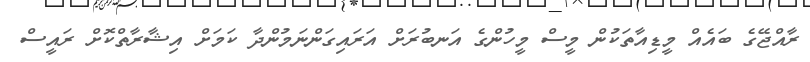
ރާއްޖޭގެ ބައެއް މީޑިއާތަކުން މީސް މީހުންގެ އަނބުރަށް އަރައިގަންނަމުންދާ ކަމަށް އިޝާރާތްކޮށް ރައީސް